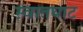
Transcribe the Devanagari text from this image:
स्वातघाट